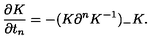
\frac { \partial K } { \partial t _ { n } } = - ( K \partial ^ { n } K ^ { - 1 } ) _ { - } K .